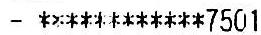
- ************7501